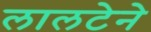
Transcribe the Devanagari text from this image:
लालटेने